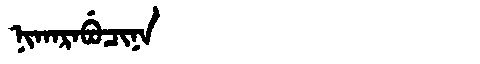
Manchu: ᠨᡳᡴᠠᡵᠠᠪᡠᠴᡳᠨᠠ
Romanization: NIKARABUCINA